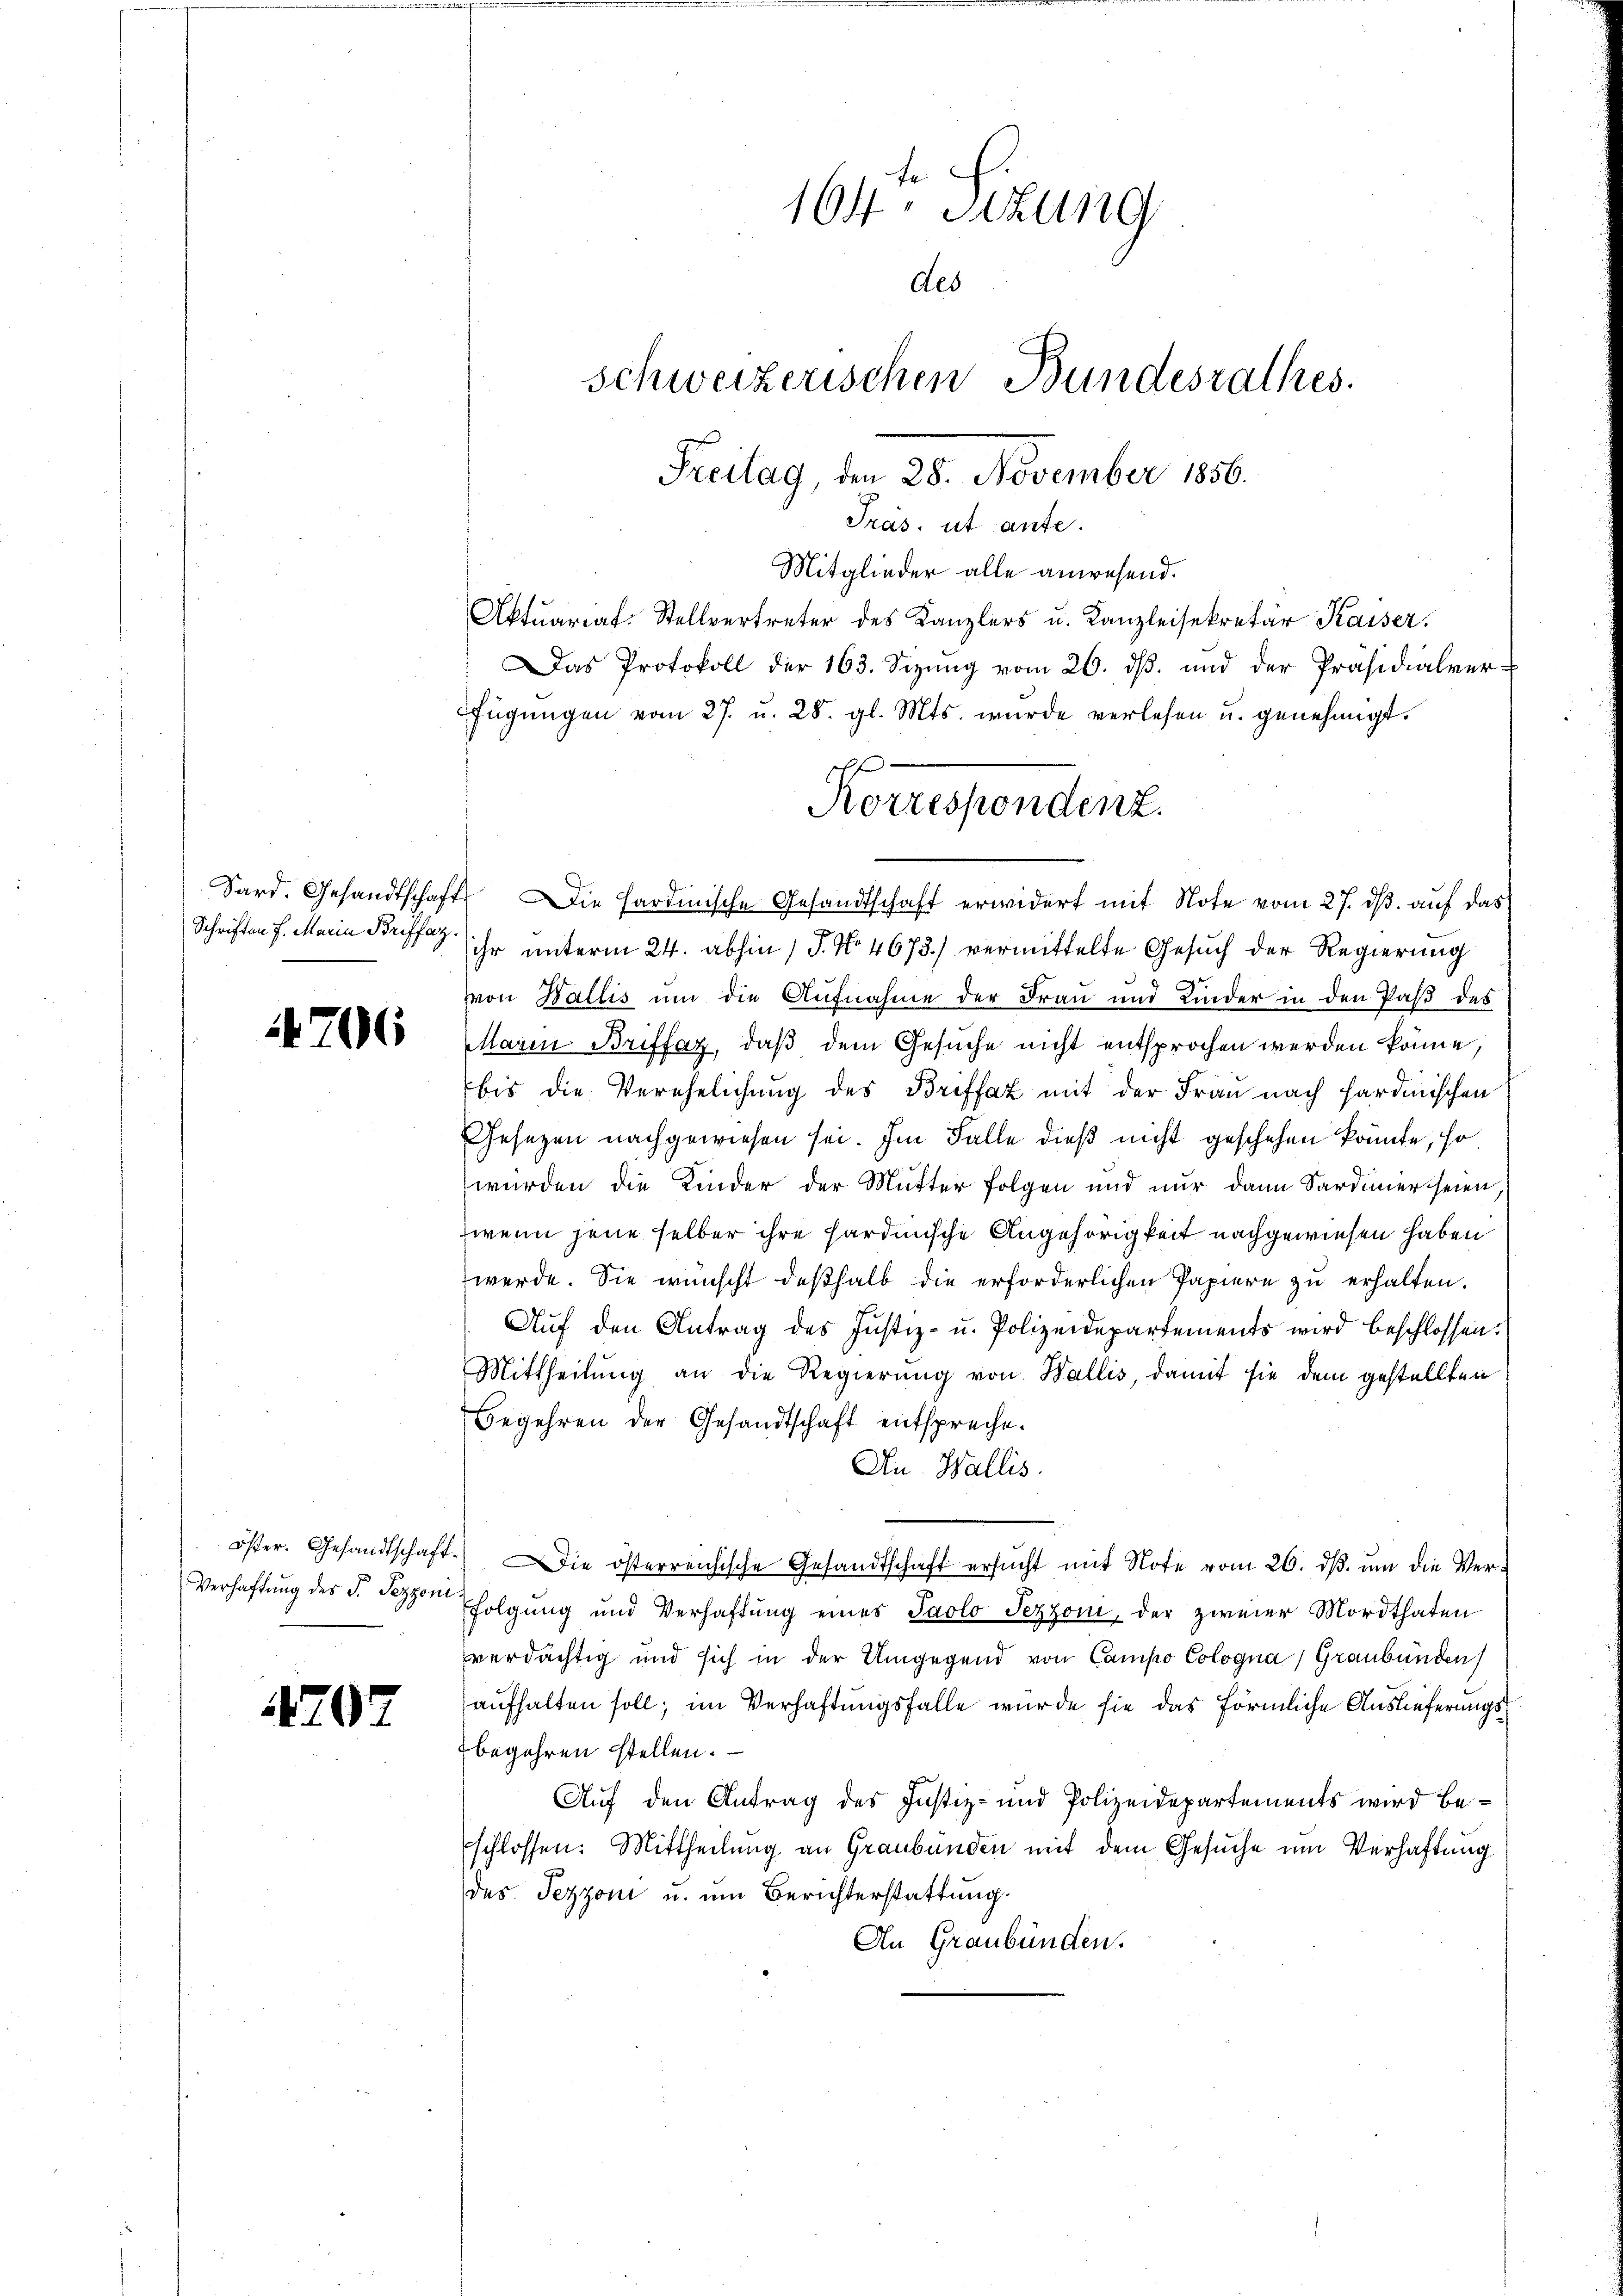
4706

707

Mitglieder alle anwesend.
Aktuariat-Stellvertreter des Kanzlers u. Kanzleisekretär Kaiser.
as Protokoll der 163. Sizŭng vom 20. dβ. und der Präsidialver-
fügŭngen vom 27. u. 28. gl. Mts. wurde verlesen u. genehmigt.
Sard. Gesandtschaft. Die Sardinische Gesandtschaft erwidert mit Note vom 27. dβ. auf das
Schriften f. Maria der ihr unterm 24. abhin 1 S. No 4673.) vermittelte Gesŭch der Regierŭng
von Wallis um die Aufnahme der Frau und Kinder in den Paß des
arin Briffaz, daß dem Gesuche nicht entsprochen werden könne,
bis die Verehelichung des Briffaz mit der Frau nach Hardmischen
Gesezen nachgewiesen sei. Im Falle dieß nicht geschehen könnte, so
würden die Kinder der Mutter folgen und nur dann Sardinier seien,
wenn jene selber ihre hardinische Angehörigkeit nachgewiesen haben
werde. Sie wünscht deßhalb die erforderlichen Papiere zu erhalten.
Aŭf den Antrag des Justiz- u. Polizeidepartements wird beschlossen:
Mittheilŭng an die Regierŭng von Wallis, damit sie dem gestellten
Begehren der Gesandtschaft entspreche.
An Wallis.
öster. Gesandtschaft. Die österreichische Gesandtschaft ersŭcht mit Note vom 26. dβ. ŭm die Ver-
Verhaftung des §. den folgŭng und Verhaftŭng eines Paolo Pezzoni, der zweier Mordthaten
verdächtig und sich in der Umgegend von Campo Cologna, Graubünden
aufhalten soll; im Verhaftungsfalle wurde sie das förmliche Auslieferungsbegehren stellen.
Auf den Antrag des Justiz- und Polizeidepartements wird beschlossen: Mittheilung an Graubünden mit dem Gesuche um Verhaftung
des Jezzoni u. um Berichterstattung.
An Graubünden.

164. Sitzung
des
schweizerischen Bundesrathes.
Freitag, den 28. November 1856.
Präs. ut ante.

f
Korrespondenz.